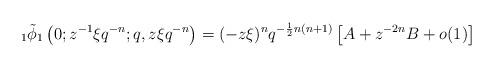
LaTeX: \begin{align*} {}_{1}\tilde{\phi}_{1}\left(0;z^{-1}\xi q^{-n};q,z\xi q^{-n}\right)=(-z\xi)^{n}q^{-\frac{1}{2}n(n+1)} \left[A+z^{-2n}B+o(1)\right] \end{align*}